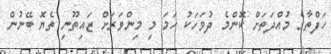
ހަފްތާގެ މުއްދަތަށް ކޮންމެ ދުވަހަކު ހަމަ މި މިންވަރަށް ޒައިތޫނި ތެޔޮ ބޭނުން